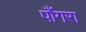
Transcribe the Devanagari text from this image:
पौंगरा